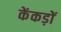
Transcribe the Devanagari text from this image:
केंकड़ों